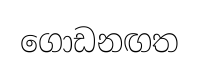
ගොඩනඟත